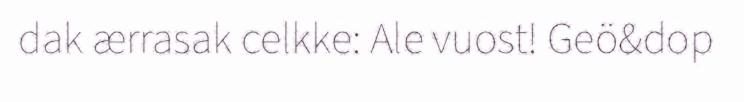
dak ærrasak celkke: Ale vuost! Geö&dop